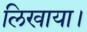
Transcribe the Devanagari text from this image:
लिखाया।